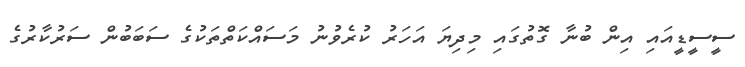
ސީސީޑީއައި އިން ބުނާ ގޮތުގައި މިދިޔަ އަހަރު ކުރެވުނު މަސައްކަތްތަކުގެ ސަބަބުން ސަރުކާރުގެ